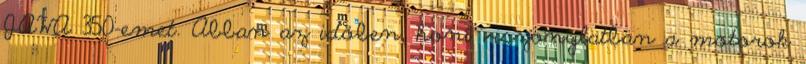
JAWA 350-emet. Abban az időben, honi viszonylatban a motorok